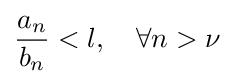
{\frac {a_{n}}{b_{n}}}<l,\quad \forall n>\nu